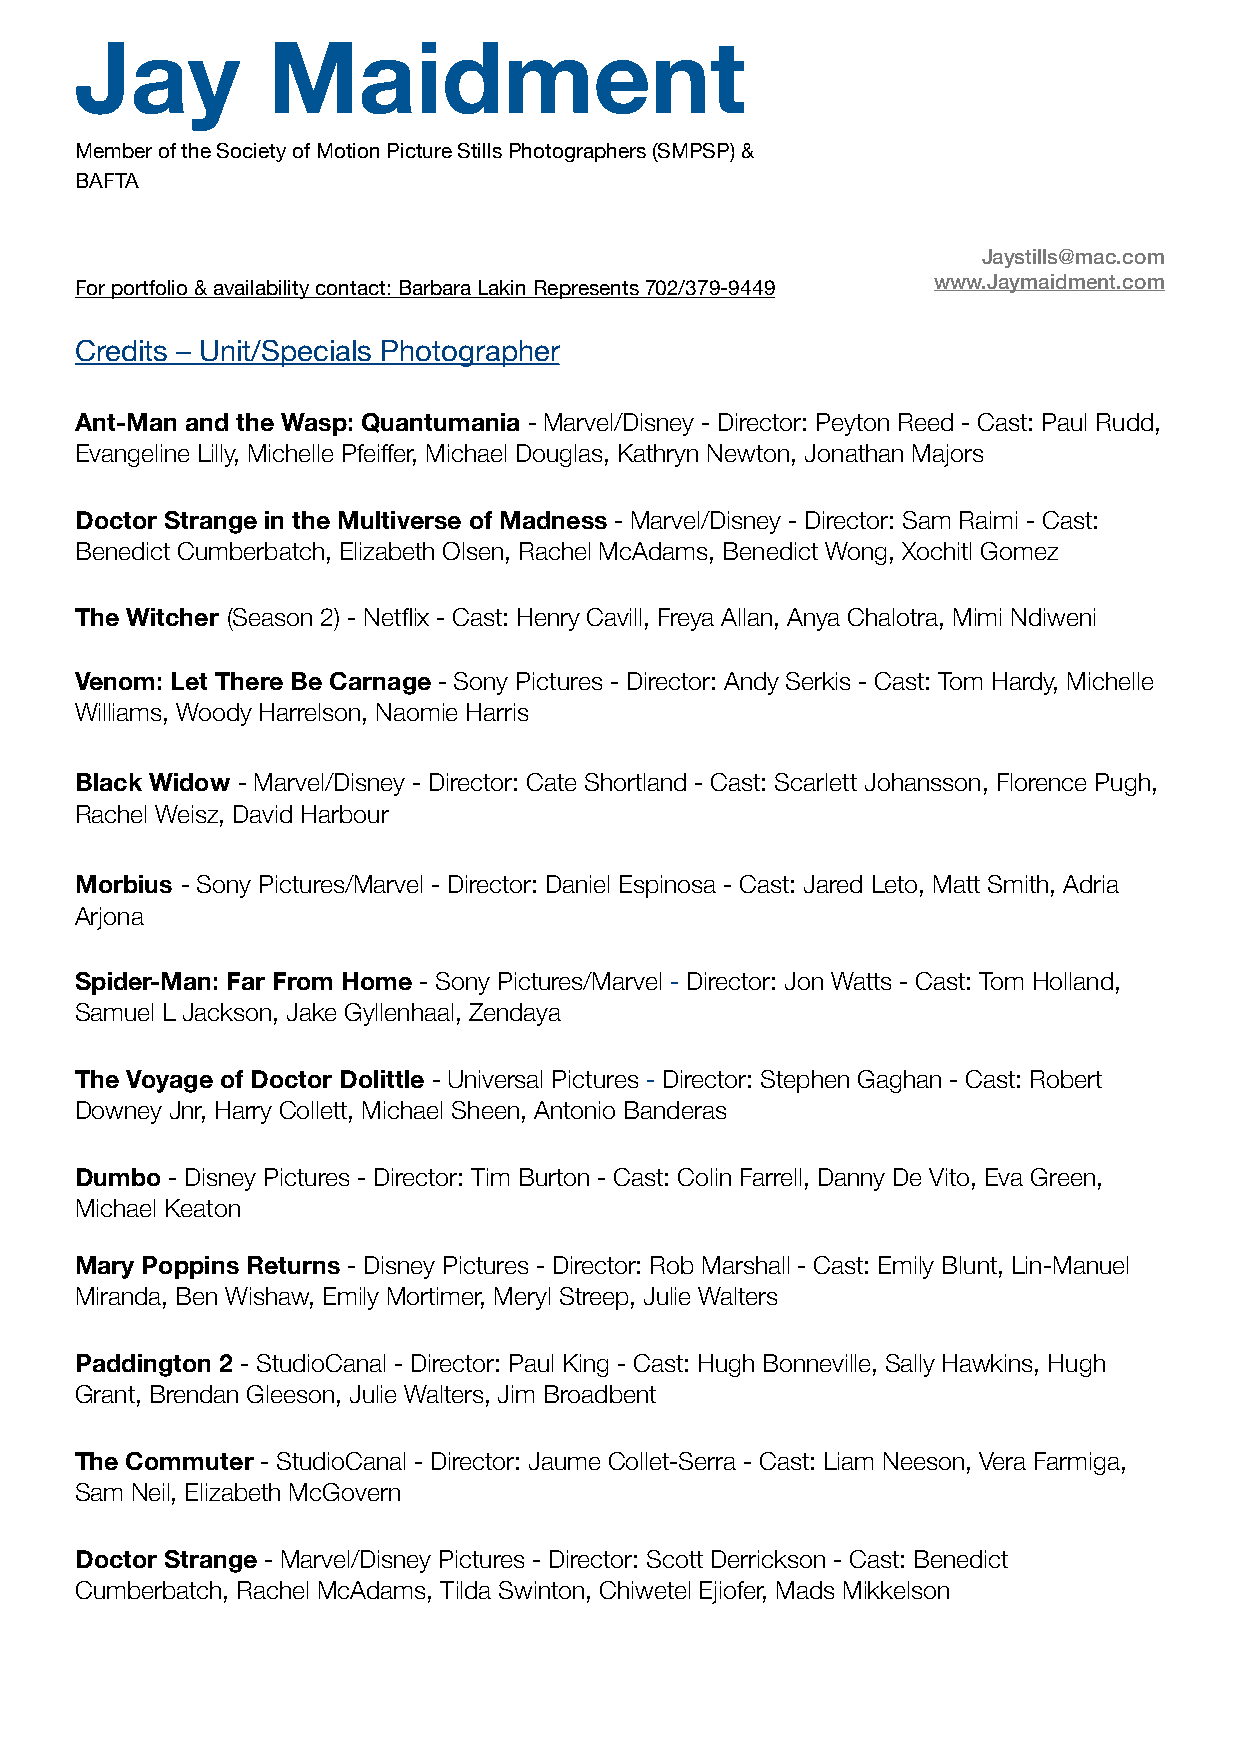
Jay          Maidment
 Member of the Society of Motion Picture Stills Photographers (SMPSP) &
 BAFTA
 Jaystills@mac.com
 www.Jaymaidment.com
 For portfolio & availability contact: Barbara Lakin Represents 702/379-9449
 Credits – Unit/Specials Photographer
 Ant-Man and the Wasp: Quantumania - Marvel/Disney - Director: Peyton Reed - Cast: Paul Rudd,
 Evangeline Lilly, Michelle Pfeiffer, Michael Douglas, Kathryn Newton, Jonathan Majors
 Doctor Strange in the Multiverse of Madness - Marvel/Disney - Director: Sam Raimi - Cast:
 Benedict Cumberbatch, Elizabeth Olsen, Rachel McAdams, Benedict Wong, Xochitl Gomez
 The Witcher (Season 2) - Netflix - Cast: Henry Cavill, Freya Allan, Anya Chalotra, Mimi Ndiweni
 Venom: Let There Be Carnage - Sony Pictures - Director: Andy Serkis - Cast: Tom Hardy, Michelle
 Williams, Woody Harrelson, Naomie Harris
 Black Widow - Marvel/Disney - Director: Cate Shortland - Cast: Scarlett Johansson, Florence Pugh,
 Rachel Weisz, David Harbour
 Morbius - Sony Pictures/Marvel - Director: Daniel Espinosa - Cast: Jared Leto, Matt Smith, Adria
 Arjona
 Spider-Man: Far From Home - Sony Pictures/Marvel - Director: Jon Watts - Cast: Tom Holland,
 Samuel L Jackson, Jake Gyllenhaal, Zendaya
 The Voyage of Doctor Dolittle - Universal Pictures - Director: Stephen Gaghan - Cast: Robert
 Downey Jnr, Harry Collett, Michael Sheen, Antonio Banderas
 Dumbo - Disney Pictures - Director: Tim Burton - Cast: Colin Farrell, Danny De Vito, Eva Green,
 Michael Keaton
 Mary Poppins Returns - Disney Pictures - Director: Rob Marshall - Cast: Emily Blunt, Lin-Manuel
 Miranda, Ben Wishaw, Emily Mortimer, Meryl Streep, Julie Walters
 Paddington 2 - StudioCanal - Director: Paul King - Cast: Hugh Bonneville, Sally Hawkins, Hugh
 Grant, Brendan Gleeson, Julie Walters, Jim Broadbent
 The Commuter - StudioCanal - Director: Jaume Collet-Serra - Cast: Liam Neeson, Vera Farmiga,
 Sam Neil, Elizabeth McGovern
 Doctor Strange - Marvel/Disney Pictures - Director: Scott Derrickson - Cast: Benedict
 Cumberbatch, Rachel McAdams, Tilda Swinton, Chiwetel Ejiofer, Mads Mikkelson